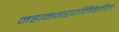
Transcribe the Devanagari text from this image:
महानगरपालिकेतील